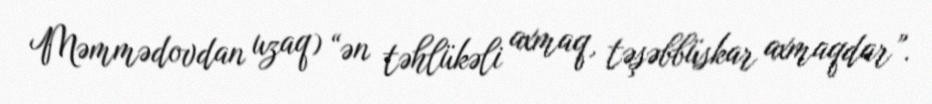
Məmmədovdan uzaq) “ən təhlükəli axmaq, təşəbbüskar axmaqdar”.